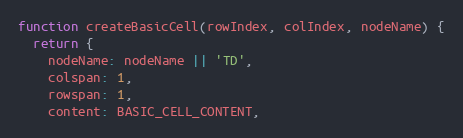
Language: JavaScript
function createBasicCell(rowIndex, colIndex, nodeName) {
  return {
    nodeName: nodeName || 'TD',
    colspan: 1,
    rowspan: 1,
    content: BASIC_CELL_CONTENT,